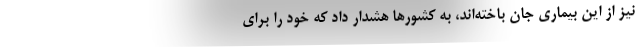
نیز از این بیماری جان باخته‌اند، به کشورها هشدار داد که خود را برای